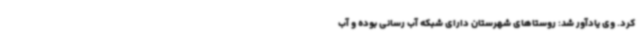
کرد. وی یادآور شد: روستاهای شهرستان دارای شبکه آب رسانی بوده و آب